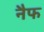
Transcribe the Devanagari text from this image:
नैफ